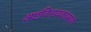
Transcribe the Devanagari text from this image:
अष्टविनायकांप्रमाणे